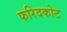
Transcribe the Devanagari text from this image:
फरिदकोट